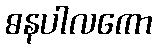
ဓနပါလကော